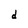
Character: d